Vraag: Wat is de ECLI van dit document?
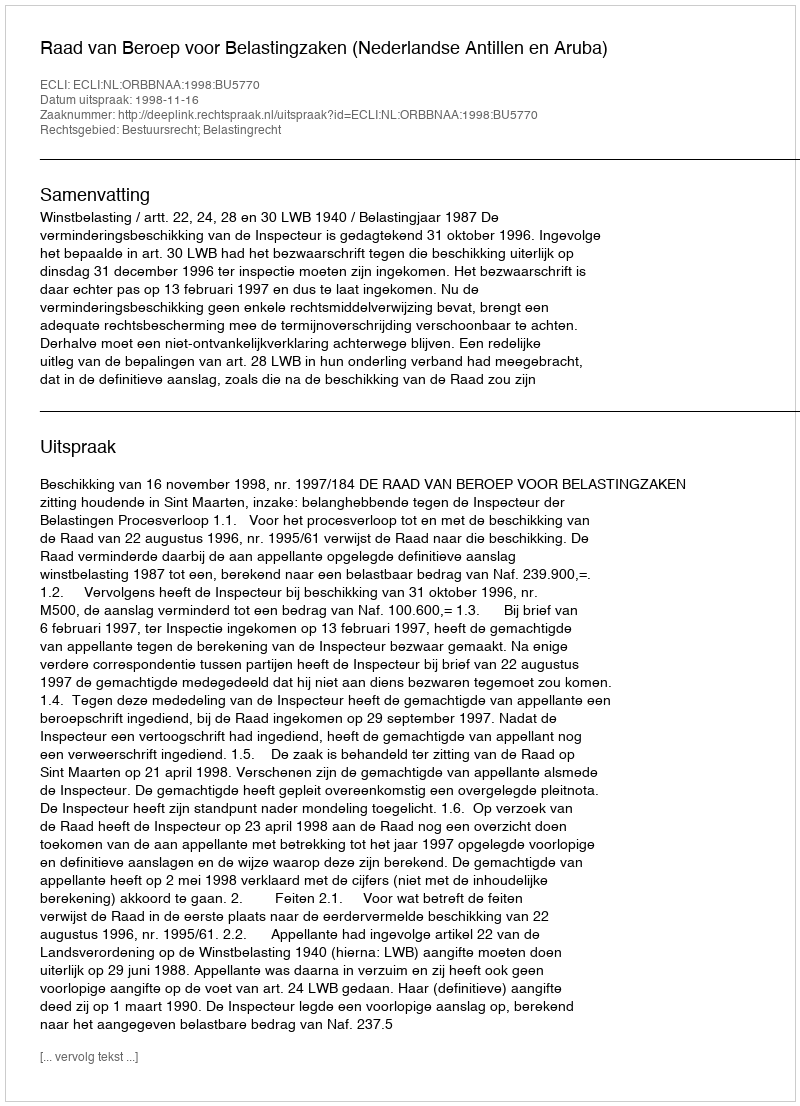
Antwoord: ECLI:NL:ORBBNAA:1998:BU5770